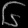
Digit: ၆